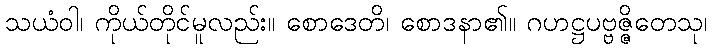
သယံဝါ၊ ကိုယ်တိုင်မူလည်း။ စောဒေတိ၊ စောဒနာ၏။ ဂဟဋ္ဌပဗ္ဗဇ္ဇိတေသု၊